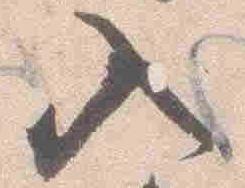
入